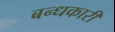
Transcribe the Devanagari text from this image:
बन्धकारी